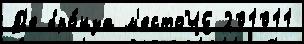
Д'е бро́нза м'естоЧЕ 201011